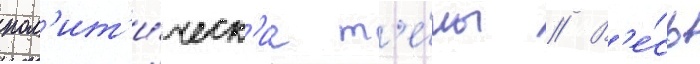
пол'ит'и́ческ'ие т'е́мы // В'е́сь